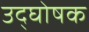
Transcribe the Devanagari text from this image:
उद्‍घोषक